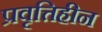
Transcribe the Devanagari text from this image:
प्रवृत्तिहीन